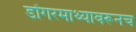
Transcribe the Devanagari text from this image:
डोंगरमाथ्यावरूनच